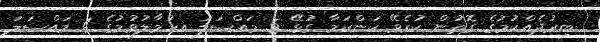
ބިރުދެއްކުމުގެ ގޮތުން ކުރެވޭ ކަންކަމާ ގުޅޭ 5 މައްސަލަ އިހުމާލުވުމުގެ 4 މައްސަލަ